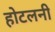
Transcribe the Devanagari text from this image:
होटलनी